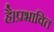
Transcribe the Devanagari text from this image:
है।प्रभावित